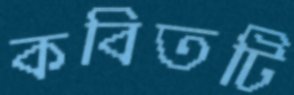
কবিতটি